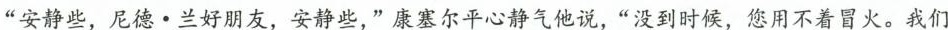
“安静些，尼德。兰好朋友，安静些，”康塞尔平心静气他说，”没到时候，您用不着冒火。我们